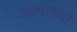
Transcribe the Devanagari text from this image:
लक्ष्माचर्या